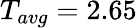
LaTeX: T_{avg}=2.65